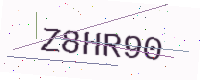
Text: Z8HR90